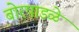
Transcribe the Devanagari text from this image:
बोरपाडळे